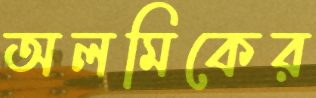
অলমিকের